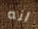
انه